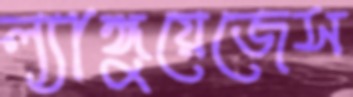
ল্যাঙ্গুয়েজেস